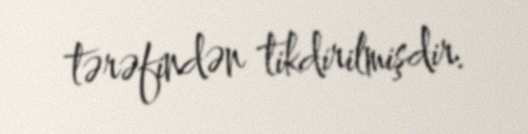
tərəfindən tikdirilmişdir.